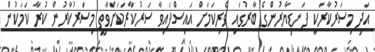
އަދި މިސަރުކާރަކީ ފަނޑިޔާރުންގެ ބާރުގައި ވެރިކަމަށް އައިސްފައިވާ ސަރުކާރަކަށްވާތީ މިސަރުކާރުން ކުރާ ކަމަކުން